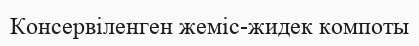
Консервіленген жеміс-жидек компоты